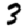
Digit: 3